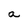
Character: a